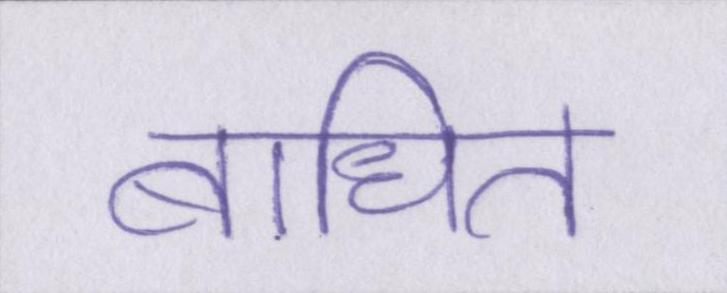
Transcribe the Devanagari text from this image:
बाधित